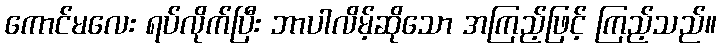
ကောင်မလေး ရပ်လိုက်ပြီး ဘာပါလိမ့်ဆိုသော အကြည့်ဖြင့် ကြည့်သည်။